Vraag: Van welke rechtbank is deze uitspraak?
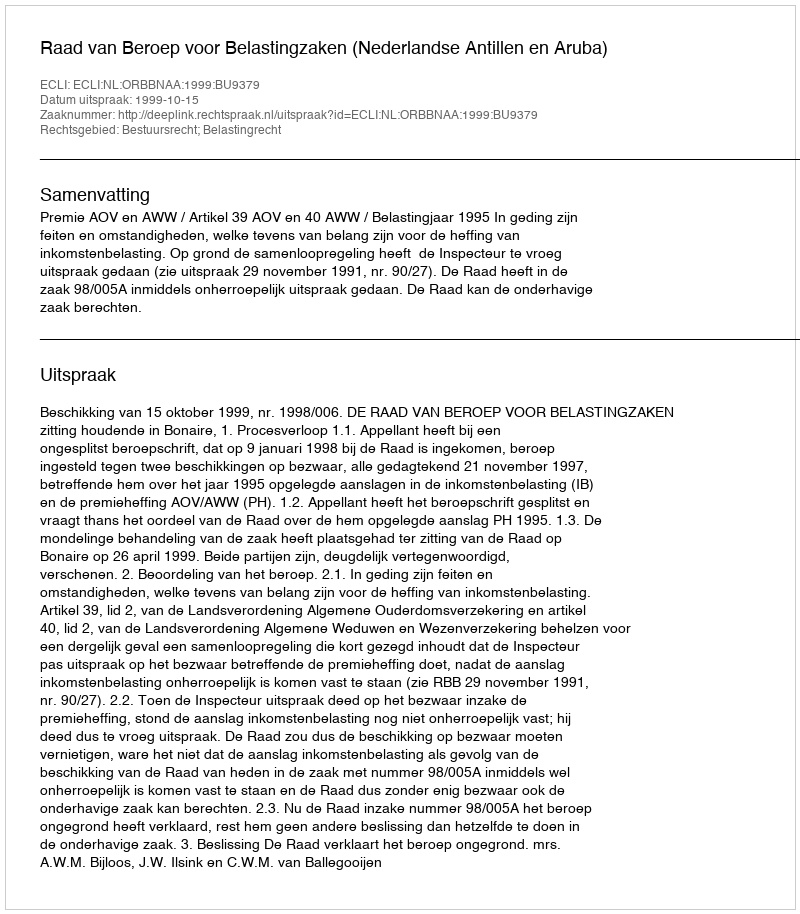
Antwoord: Raad van Beroep voor Belastingzaken (Nederlandse Antillen en Aruba)